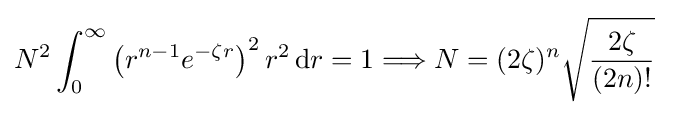
N^{2}\int _{0}^{\infty }\left(r^{n-1}e^{-\zeta r}\right)^{2}r^{2}\,\mathrm {d} r=1\Longrightarrow N=(2\zeta )^{n}{\sqrt {\frac {2\zeta }{(2n)!}}}~